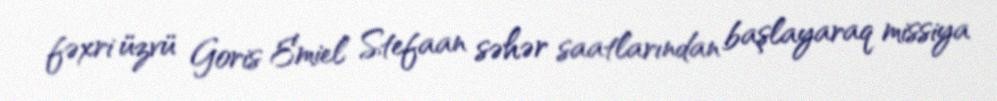
fəxri üzvü Goris Emiel Stefaan səhər saatlarından başlayaraq missiya